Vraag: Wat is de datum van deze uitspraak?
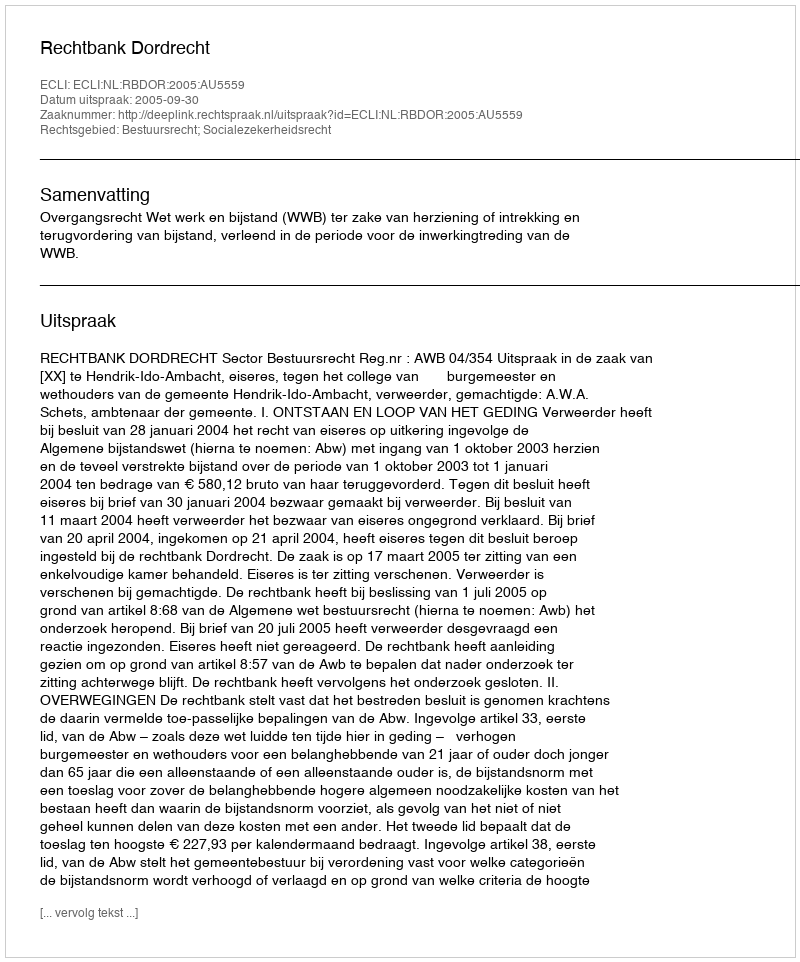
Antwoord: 2005-09-30